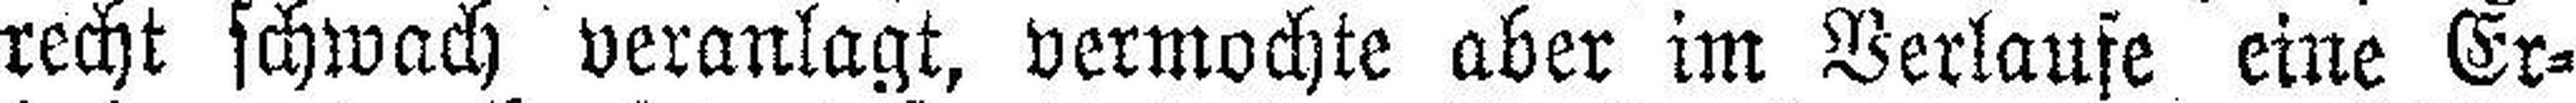
recht schwach veranlagt, vermochte aber im Verlaufe eine Er¬